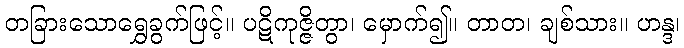
တခြားသောရွှေခွက်ဖြင့်။ ပဋိကုဇ္ဇိတွာ၊ မှောက်၍။ တာတ၊ ချစ်သား။ ဟန္ဒ၊